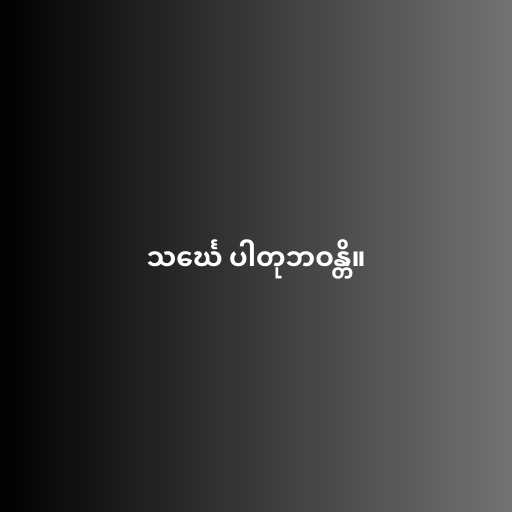
သင်္ဃေ ပါတုဘဝန္တိ။